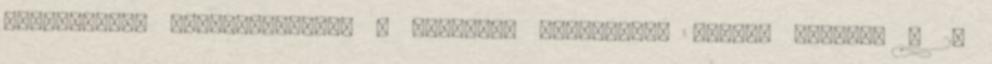
Egyeztetési kötelezettség: a tervezés megkezdése elõtt, továbbá a 2.